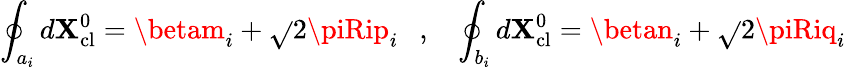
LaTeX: \oint_{a_{i}}d\mathbf{X}_{\mathrm{{cl}}}^{0}=\betam_{i}+\sqrt{}{{2}}\piRip_{i}~~~,~~~\oint_{b_{i}}d\mathbf{X}_{\mathrm{{cl}}}^{0}=\betan_{i}+\sqrt{}{{2}}\piRiq_{i}